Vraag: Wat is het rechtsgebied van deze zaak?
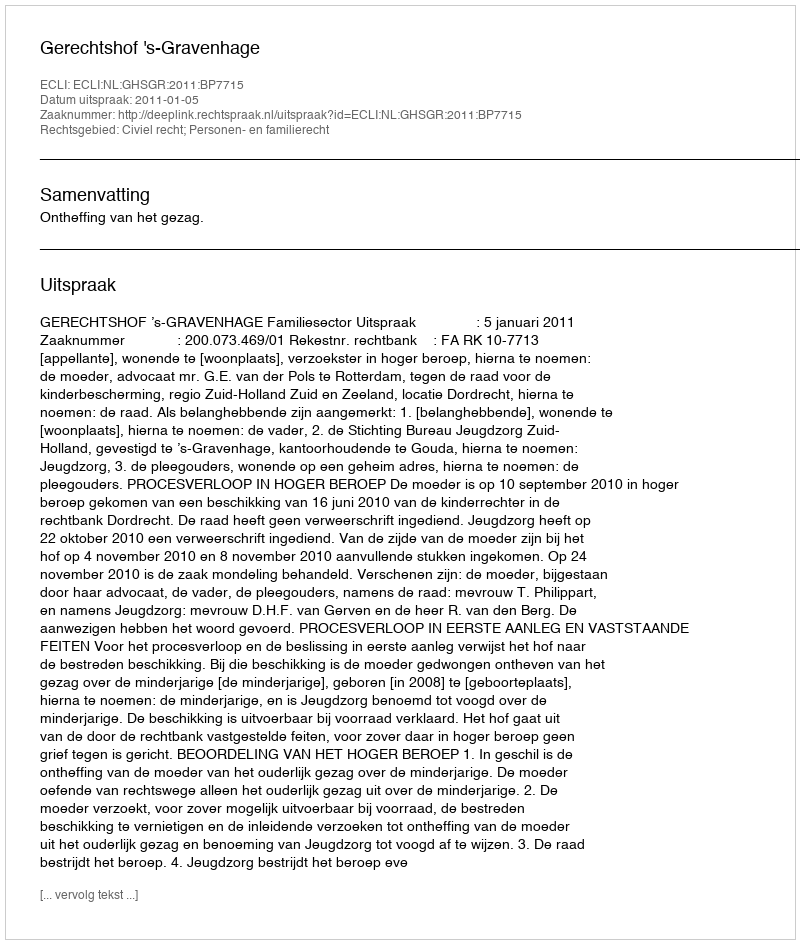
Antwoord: Civiel recht; Personen- en familierecht